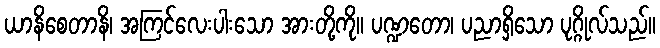
ယာနိစေတာနိ၊ အကြင်လေးပါးသော အားတို့ကို။ ပဏ္ဍတော၊ ပညာရှိသော ပုဂ္ဂိုလ်သည်။